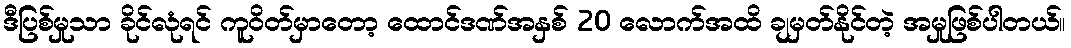
ဒီပြစ်မှုသာ ခိုင်လုံရင် ကူဝိတ်မှာတော့ ထောင်ဒဏ်အနှစ် 20 လောက်အထိ ချမှတ်နိုင်တဲ့ အမှုဖြစ်ပါတယ်။